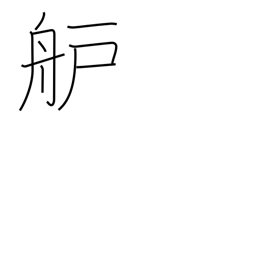
Meaning: bow or prow of boat